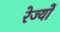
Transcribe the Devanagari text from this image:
रेज्यों